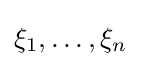
\xi _{1},\ldots ,\xi _{n}